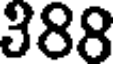
388